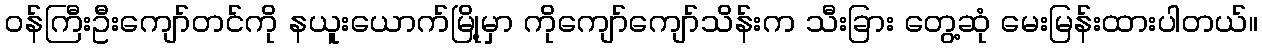
ဝန်ကြီးဦးကျော်တင်ကို နယူးယောက်မြို့မှာ ကိုကျော်ကျော်သိန်းက သီးခြား တွေ့ဆုံ မေးမြန်းထားပါတယ်။